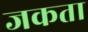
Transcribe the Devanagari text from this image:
जकता